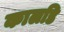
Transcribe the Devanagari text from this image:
कालडि